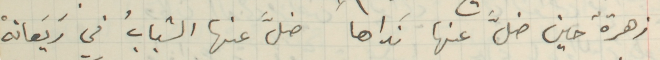
زهرةٌ حين ضلَّ عنها نَداها ضلَّ عنها الشبابُ في رَيَعانهْ